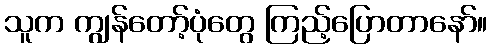
သူက ကျွန်တော့်ပုံတွေ ကြည့်ပြောတာနော်။